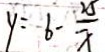
y = 6 - \frac { 2 5 } { x }